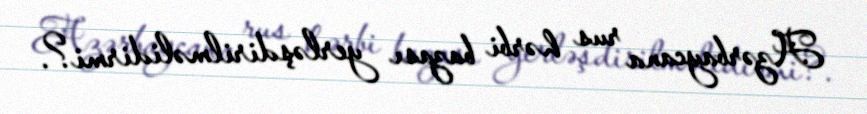
Azərbaycana rus hərbi bazası yerləşdirilməlidirmi?.